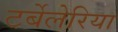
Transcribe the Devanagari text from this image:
टर्बेलेरिया